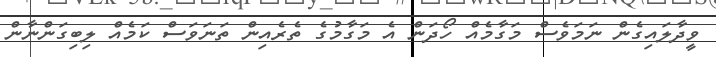
ވީދާލައިގެން ނަމަވެސް މަގާމެއް ހޯދަން އެ މަގާމުގެ ތެރެއިން ތަނަވަސް ކަމެއް ލިބިގަންނާން